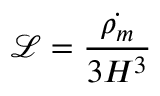
\mathcal { L } = \frac { \dot { \rho _ { m } } } { 3 H ^ { 3 } }